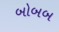
બોબબ